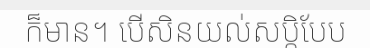
ក៏មាន។ បើសិនយល់សប្តិបែប